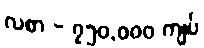
လစာ - ၇၅၀,၀၀၀ ကျပ်